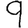
Digit: 9